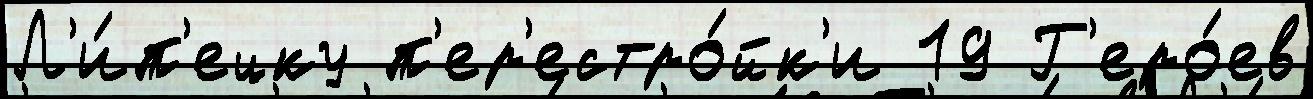
Л'и́п'ецку п'ер'естро́йк'и 19 Г'еро́ев